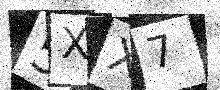
Text: 5XX7